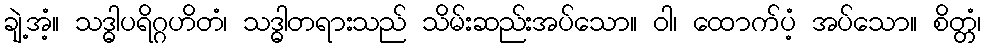
ချဲ့အံ့။ သဒ္ဓါပရိဂ္ဂဟိတံ၊ သဒ္ဓါတရားသည် သိမ်းဆည်းအပ်သော။ ဝါ၊ ထောက်ပံ့ အပ်သော။ စိတ္တံ၊